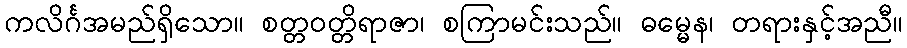
ကလိင်္ဂအမည်ရှိသော။ စတ္တဝတ္တိရာဇာ၊ စကြာမင်းသည်။ ဓမ္မေန၊ တရားနှင့်အညီ။